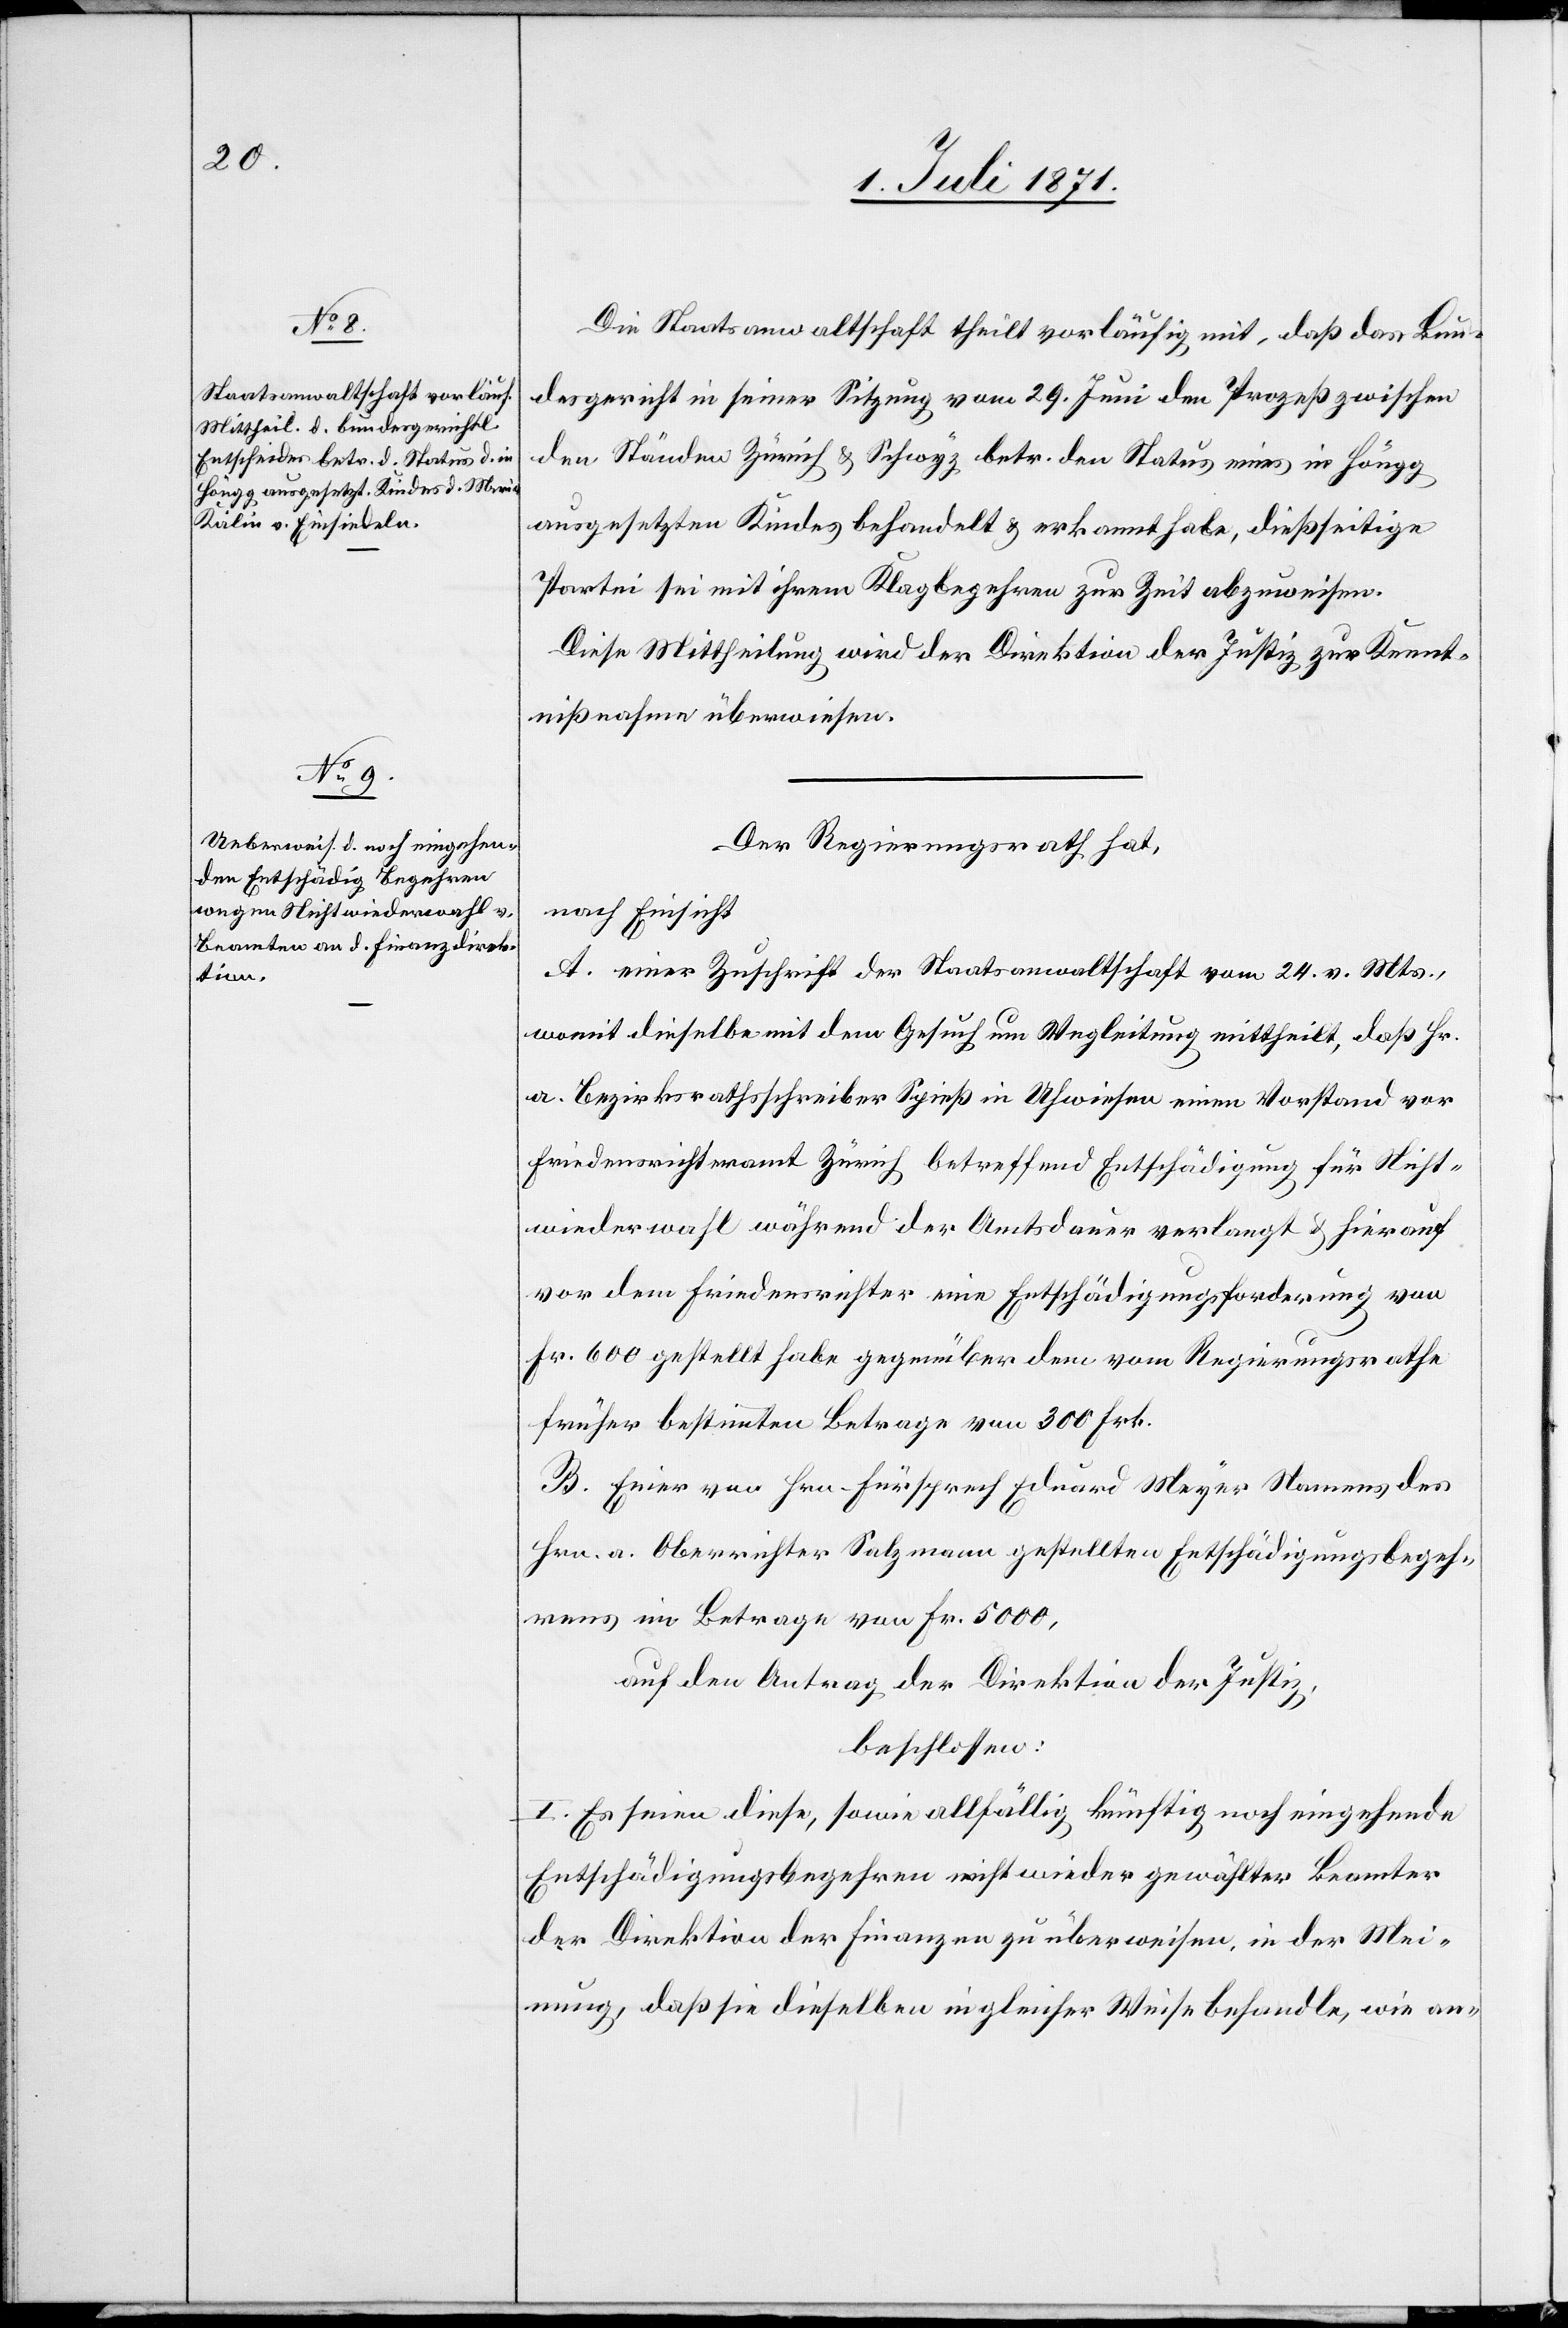
Die Staatsanwaltschaft theilt vorläufig mit, daß das Bun¬
desgericht in seiner Sitzung vom 29. Juni den Prozeß zwischen
den Ständen Zürich u. Schwyz betr. den Status eines in Höngg
ausgesetzten Kindes behandelt u. erkannt habe, dießseitige
Partei sei mit ihrem Klagbegehren zur Zeit abzuweisen.
Diese Mittheilung wird der Direktion der Justiz zur Kennt¬
nißnahme überwiesen.
Der Regierungsrath hat,
nach Einsicht
A. einer Zuschrift der Staatsanwaltschaft vom 24. v. Mts.,
womit dieselbe mit dem Gesuch um Wegleitung mittheilt, daß Hr.
a. Bezirksrathsschreiber Spieß in Uhwiesen einen Vorstand vor
Friedensrichteramt Zürich betreffend Entschädigung für Nicht¬
wiederwahl während der Amtsdauer verlangt u. hierauf
vor dem Friedensrichter eine Entschädigungsforderung von
Fr. 600 gestellt habe gegenüber dem vom Regierungsrathe
früher bestimmten Betrage von 300 Frk.
B. Einer von Hrn. Fürsprech Eduard Meyer Namens des
Hrn. a. Oberrichter Salzmann gestellten Entschädigungsbegeh¬
rens [sic!] im Betrage von Fr. 5000,
auf den Antrag der Direktion der Justiz,
beschlossen:
I. Es seien diese, sowie allfällig künftig noch eingehende
Entschädigungsbegehren nicht wieder gewählter Beamter
der Direktion der Finanzen zu überweisen, in der Mei¬
nung, daß sie dieselben in gleicher Weise behandle, wie an-